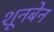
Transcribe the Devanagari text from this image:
शूनबेन